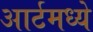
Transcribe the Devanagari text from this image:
आर्टमध्‍ये